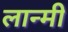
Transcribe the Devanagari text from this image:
लान्मी